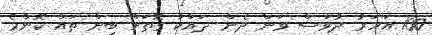
100 އަހަރު ދުވަސް ވަން ދެން ދައްކާ ގޮތަށް ބިން ތައް ކޮންމެ